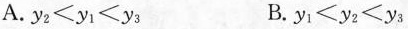
A$$.y _ { 2 } < y _ { 1 } < y _ { 3 }$$ B.$$y _ { 1 } < y _ { 2 } < y _ { 3 }$$